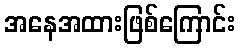
အနေအထားဖြစ်ကြောင်း